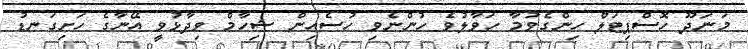
މަނަދޫ ހޮސްޕިޓަލް ހިންގެވުމާ ހަވާލުވެ ހުންނެވި ހުސެއިން ޝިހާމް ވިދާޅުވީ އޭނާގެ ހަށިގަނޑު